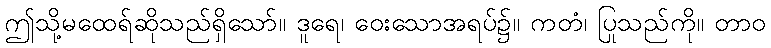
ဤသို့မထေရ်ဆိုသည်ရှိသော်။ ဒူရေ၊ ဝေးသောအရပ်၌။ ကတံ၊ ပြုသည်ကို။ တာဝ